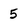
Character: 5